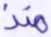
منذ